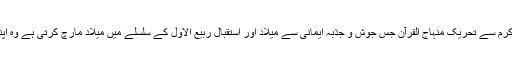
اللہ کے فضل وکرم سے تحریک منہاج القرآن جس جوش و جذبہ ایمانی سے میلاد اور استقبال ربیع الاول کے سلسلے میں میلاد مارچ کرتی ہے وہ اپنی مثال آپ ہے۔